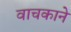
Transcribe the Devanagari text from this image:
वाचकाने